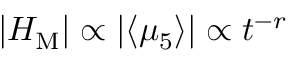
| { \cal H } _ { \mathrm { M } } | \propto | \langle \mu _ { 5 } \rangle | \propto t ^ { - r }